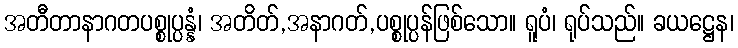
အတီတာနာဂတပစ္စုပ္ပန္နံ၊ အတိတ်,အနာဂတ်,ပစ္စုပ္ပန်ဖြစ်သော။ ရူပံ၊ ရုပ်သည်။ ခယဋ္ဌေန၊